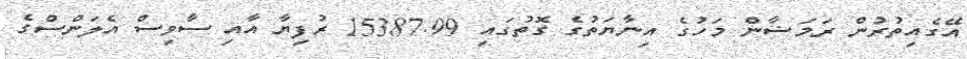
އޭގެއިތުރުން ރަމަޟާން މަހުގެ އިނާޔަތުގެ ގޮތުގައި 15387.99 ރުފިޔާ އާއި ސާވިސް އެލަންސްގެ